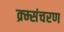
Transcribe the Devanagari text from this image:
क्र्म्संचरण